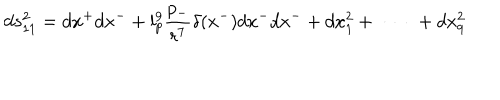
LaTeX: d s _ { 1 1 } ^ { 2 } = d x ^ { + } d x ^ { - } + l _ { p } ^ { 9 } \frac { p _ { - } } { r ^ { 7 } } \delta ( x ^ { - } ) d x ^ { - } d x ^ { - } + d x _ { 1 } ^ { 2 } + \ \cdots \ + d x _ { 9 } ^ { 2 }